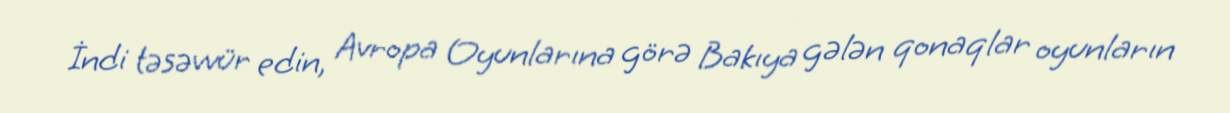
İndi təsəvvür edin, Avropa Oyunlarına görə Bakıya gələn qonaqlar oyunların